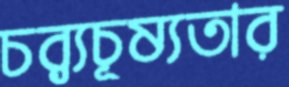
চর্ব্যচূষ্যতার